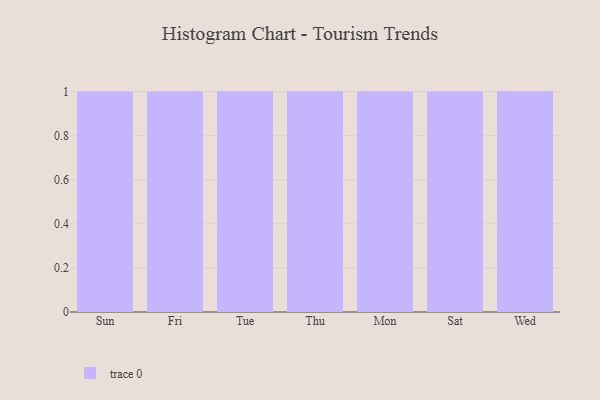
{"axis": {"x": "Day", "y": "Headcount"}, "legend": [""], "data": [{"x": "Sun", "y": 55, "type": ""}, {"x": "Fri", "y": 92, "type": ""}, {"x": "Tue", "y": 46, "type": ""}, {"x": "Thu", "y": 28, "type": ""}, {"x": "Mon", "y": 35, "type": ""}, {"x": "Sat", "y": 60, "type": ""}, {"x": "Wed", "y": 84, "type": ""}]}